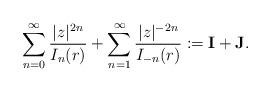
LaTeX: \begin{align*} \sum_{n=0}^{\infty} \frac{|z|^{2n}}{ I_{n}(r)}+\sum_{n=1}^{\infty} \frac{|z|^{-2n}}{I_{-n}(r)}:= \textbf{I}+\textbf{J}.\end{align*}